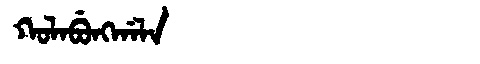
Manchu: ᡴᠣᠯᠠᠪᡠᠩᡤᠠᠯᠠ
Romanization: KOLABUNGGALA